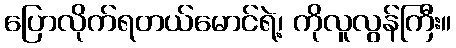
ပြောလိုက်ရတယ်မောင်ရဲ့၊ ကိုလူလွန်ကြီး။